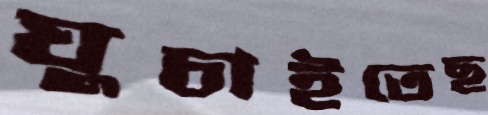
ঘুচাইতেছ